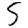
Digit: 5